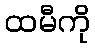
ထမီကို